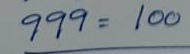
999 = 100